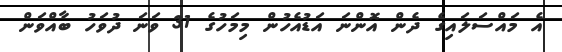
އެ މައްސަލައިގެ ދެން އޮންނަ އަޑުއެހުން މިމަހުގެ 31 ވަނަ ދުވަހު ބާއްވަން